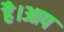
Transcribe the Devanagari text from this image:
है।आप